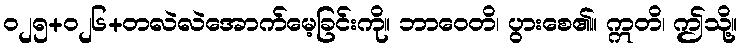
ဝ၂၅+၀၂၆+တလဲလဲအောက်မေ့ခြင်းကို။ ဘာဝေတိ၊ ပွားစေ၏။ ဣတိ၊ ဤသို့။